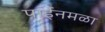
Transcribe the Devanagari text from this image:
पाईनमळा